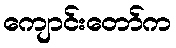
ကျောင်းတော်က